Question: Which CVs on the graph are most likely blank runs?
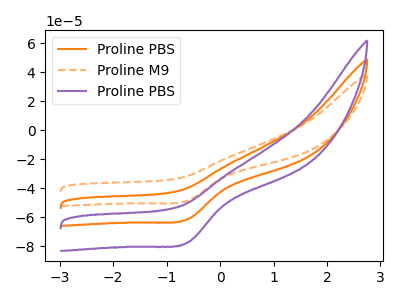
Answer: <think>The orange curve "Proline PBS" has a cathodic peak at: (-0.60V, -61.10uA). The orange dashed curve "Proline M9" has a cathodic peak at: (-0.60V, -48.40uA). The purple curve "Proline PBS" has a cathodic peak at: (-0.60V, -122.15uA).</think>
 <answer>There are not any CV's on this graph that are likely to be blanks.</answer>
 <eval>none</eval>